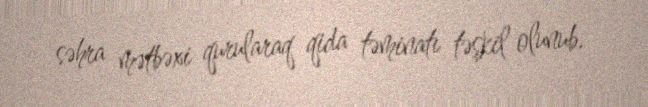
səhra mətbəxi qurularaq qida təminatı təşkil olunub.